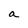
Character: a